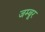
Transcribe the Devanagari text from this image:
जम्बूर